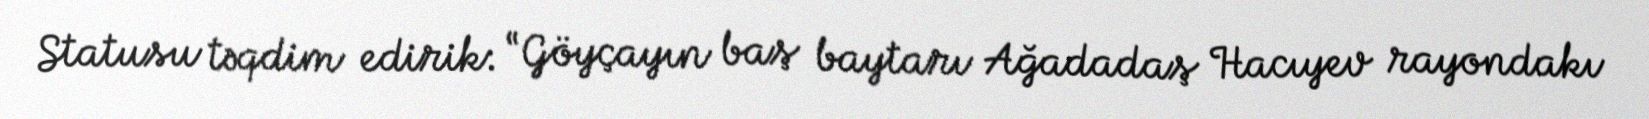
Statusu təqdim edirik: “Göyçayın baş baytarı Ağadadaş Hacıyev rayondakı